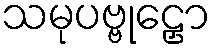
သမုပဗ္ဗုဠှော